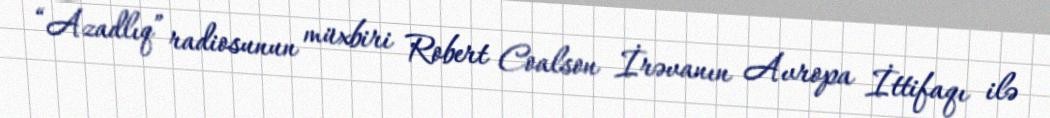
“Azadlıq” radiosunun müxbiri Robert Coalson İrəvanın Avropa İttifaqı ilə